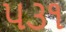
૫૩૧